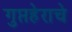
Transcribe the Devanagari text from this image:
गुप्तहेराचे